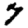
Digit: 7